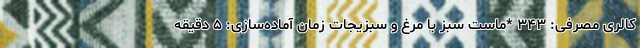
کالری مصرفی: ۳۴۳ *ماست سبز با مرغ و سبزیجات زمان آماده‌سازی: ۵ دقیقه